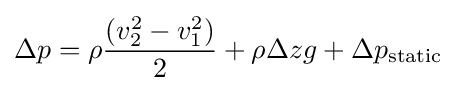
\Delta p=\rho {(v_{2}^{2}-v_{1}^{2}) \over 2}+\rho \Delta zg+{\Delta p_{\mathrm {static} }}